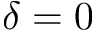
\delta = 0